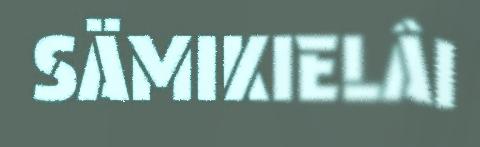
SÄMIKIELÂI